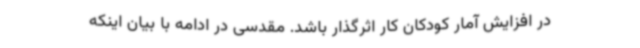
در افزایش آمار کودکان کار اثرگذار باشد. مقدسی در ادامه با بیان اینکه